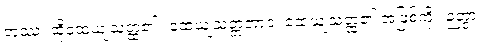
တဿ၊ ထိုထေယျသတ္ထ၏။ ထေယျသတ္တဘာဝံ၊ ထေယျသတ္ထ၏ အဖြစ်ကို။ ဉတွာ၊